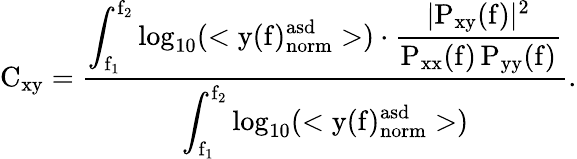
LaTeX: \mathrm{C_{xy}=\frac{\displaystyle\int_{f_{1}}^{f_{2}}\log_{10}(<y(f)_{norm}^{asd}>)\cdot\frac{|P_{xy}(f)|^{2}}{P_{xx}(f)\, P_{yy}(f)}}{\displaystyle\int_{f_{1}}^{f_{2}}\log_{10}(<y(f)_{norm}^{asd}>)}.}